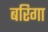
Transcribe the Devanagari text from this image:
बरिगा